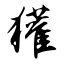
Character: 獾